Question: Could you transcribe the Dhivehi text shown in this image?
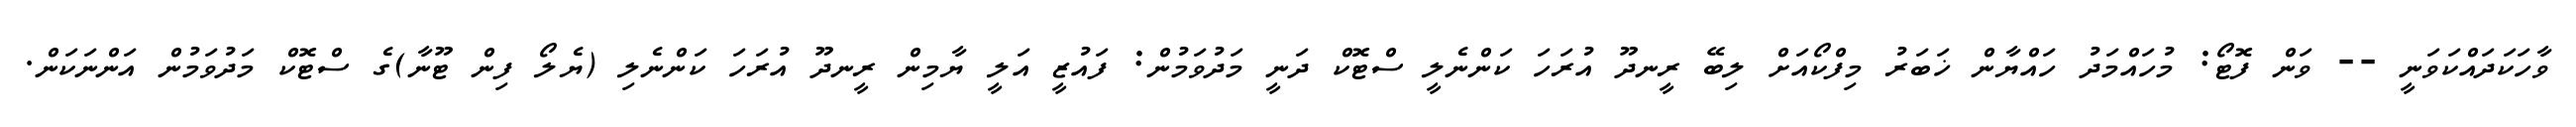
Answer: ވާހަކަދައްކަވަނީ -- ވަން ފޮޓޯ: މުހައްމަދު ހައްޔާން ޚަބަރު މިފްކޯއަށް ލިބޭ ރީނދޫ އުރަހަ ކަންނެލީ ސްޓޮކް ދަނީ މަދުވަމުން: ފައުޒީ އަލީ ޔާމިން ރީނދޫ އުރަހަ ކަންނެލި (ޔެލޯ ފިން ޓޫނާ)ގެ ސްޓޮކް މަދުވަމުން އަންނަކަން.